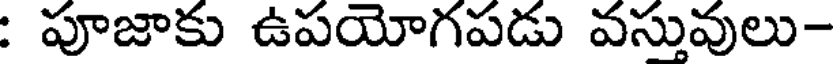
: పూజాకు ఉపయోగపడు వస్తువులు-